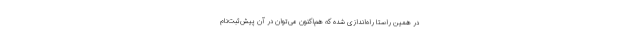
در همین راستا راه‌اندازی شده که هم‌اکنون می‌توان در آن پیش‌ثبت‌نام